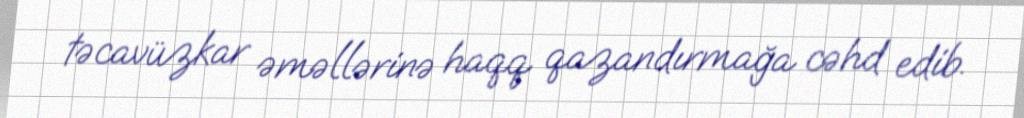
təcavüzkar əməllərinə haqq qazandırmağa cəhd edib.